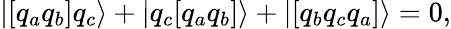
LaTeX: |[q_{a}q_{b}]q_{c}\rangle+|q_{c}[q_{a}q_{b}]\rangle+|[q_{b}q_{c}q_{a}]\rangle=0,